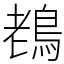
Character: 䳓